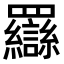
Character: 羉